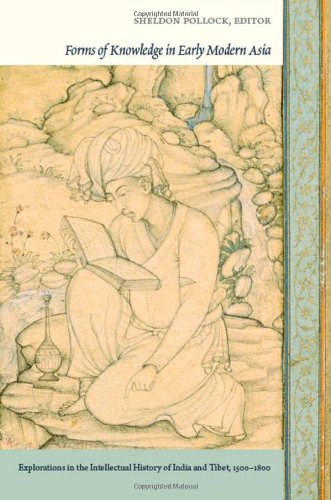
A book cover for Forms of Knowledge in Early Modern Asia: Explorations in the Intellectual History of India and Tibet, 1500EE1800; Religion & Spirituality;